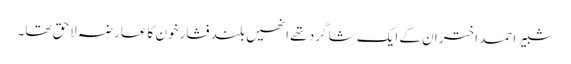
شبیر احمد اختر ان کے ایک شا گرد تھے انھیں بلند فشار خون کا عارضہ لاحق تھا۔